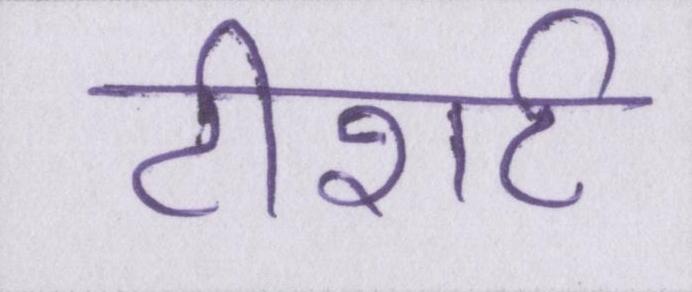
टीशर्ट